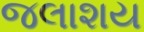
જલાશય